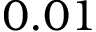
0 . 0 1